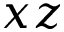
x z